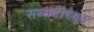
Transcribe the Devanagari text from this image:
सब्सटीच्यूट